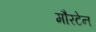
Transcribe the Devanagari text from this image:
मौरटेन